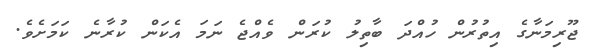
ޖޫރިމަނާގެ އިތުރުން ހުއްދަ ބާތިލު ކުރަން ވެއްޖެ ނަމަ އެކަން ކުރާނެ ކަމަށެވެ.